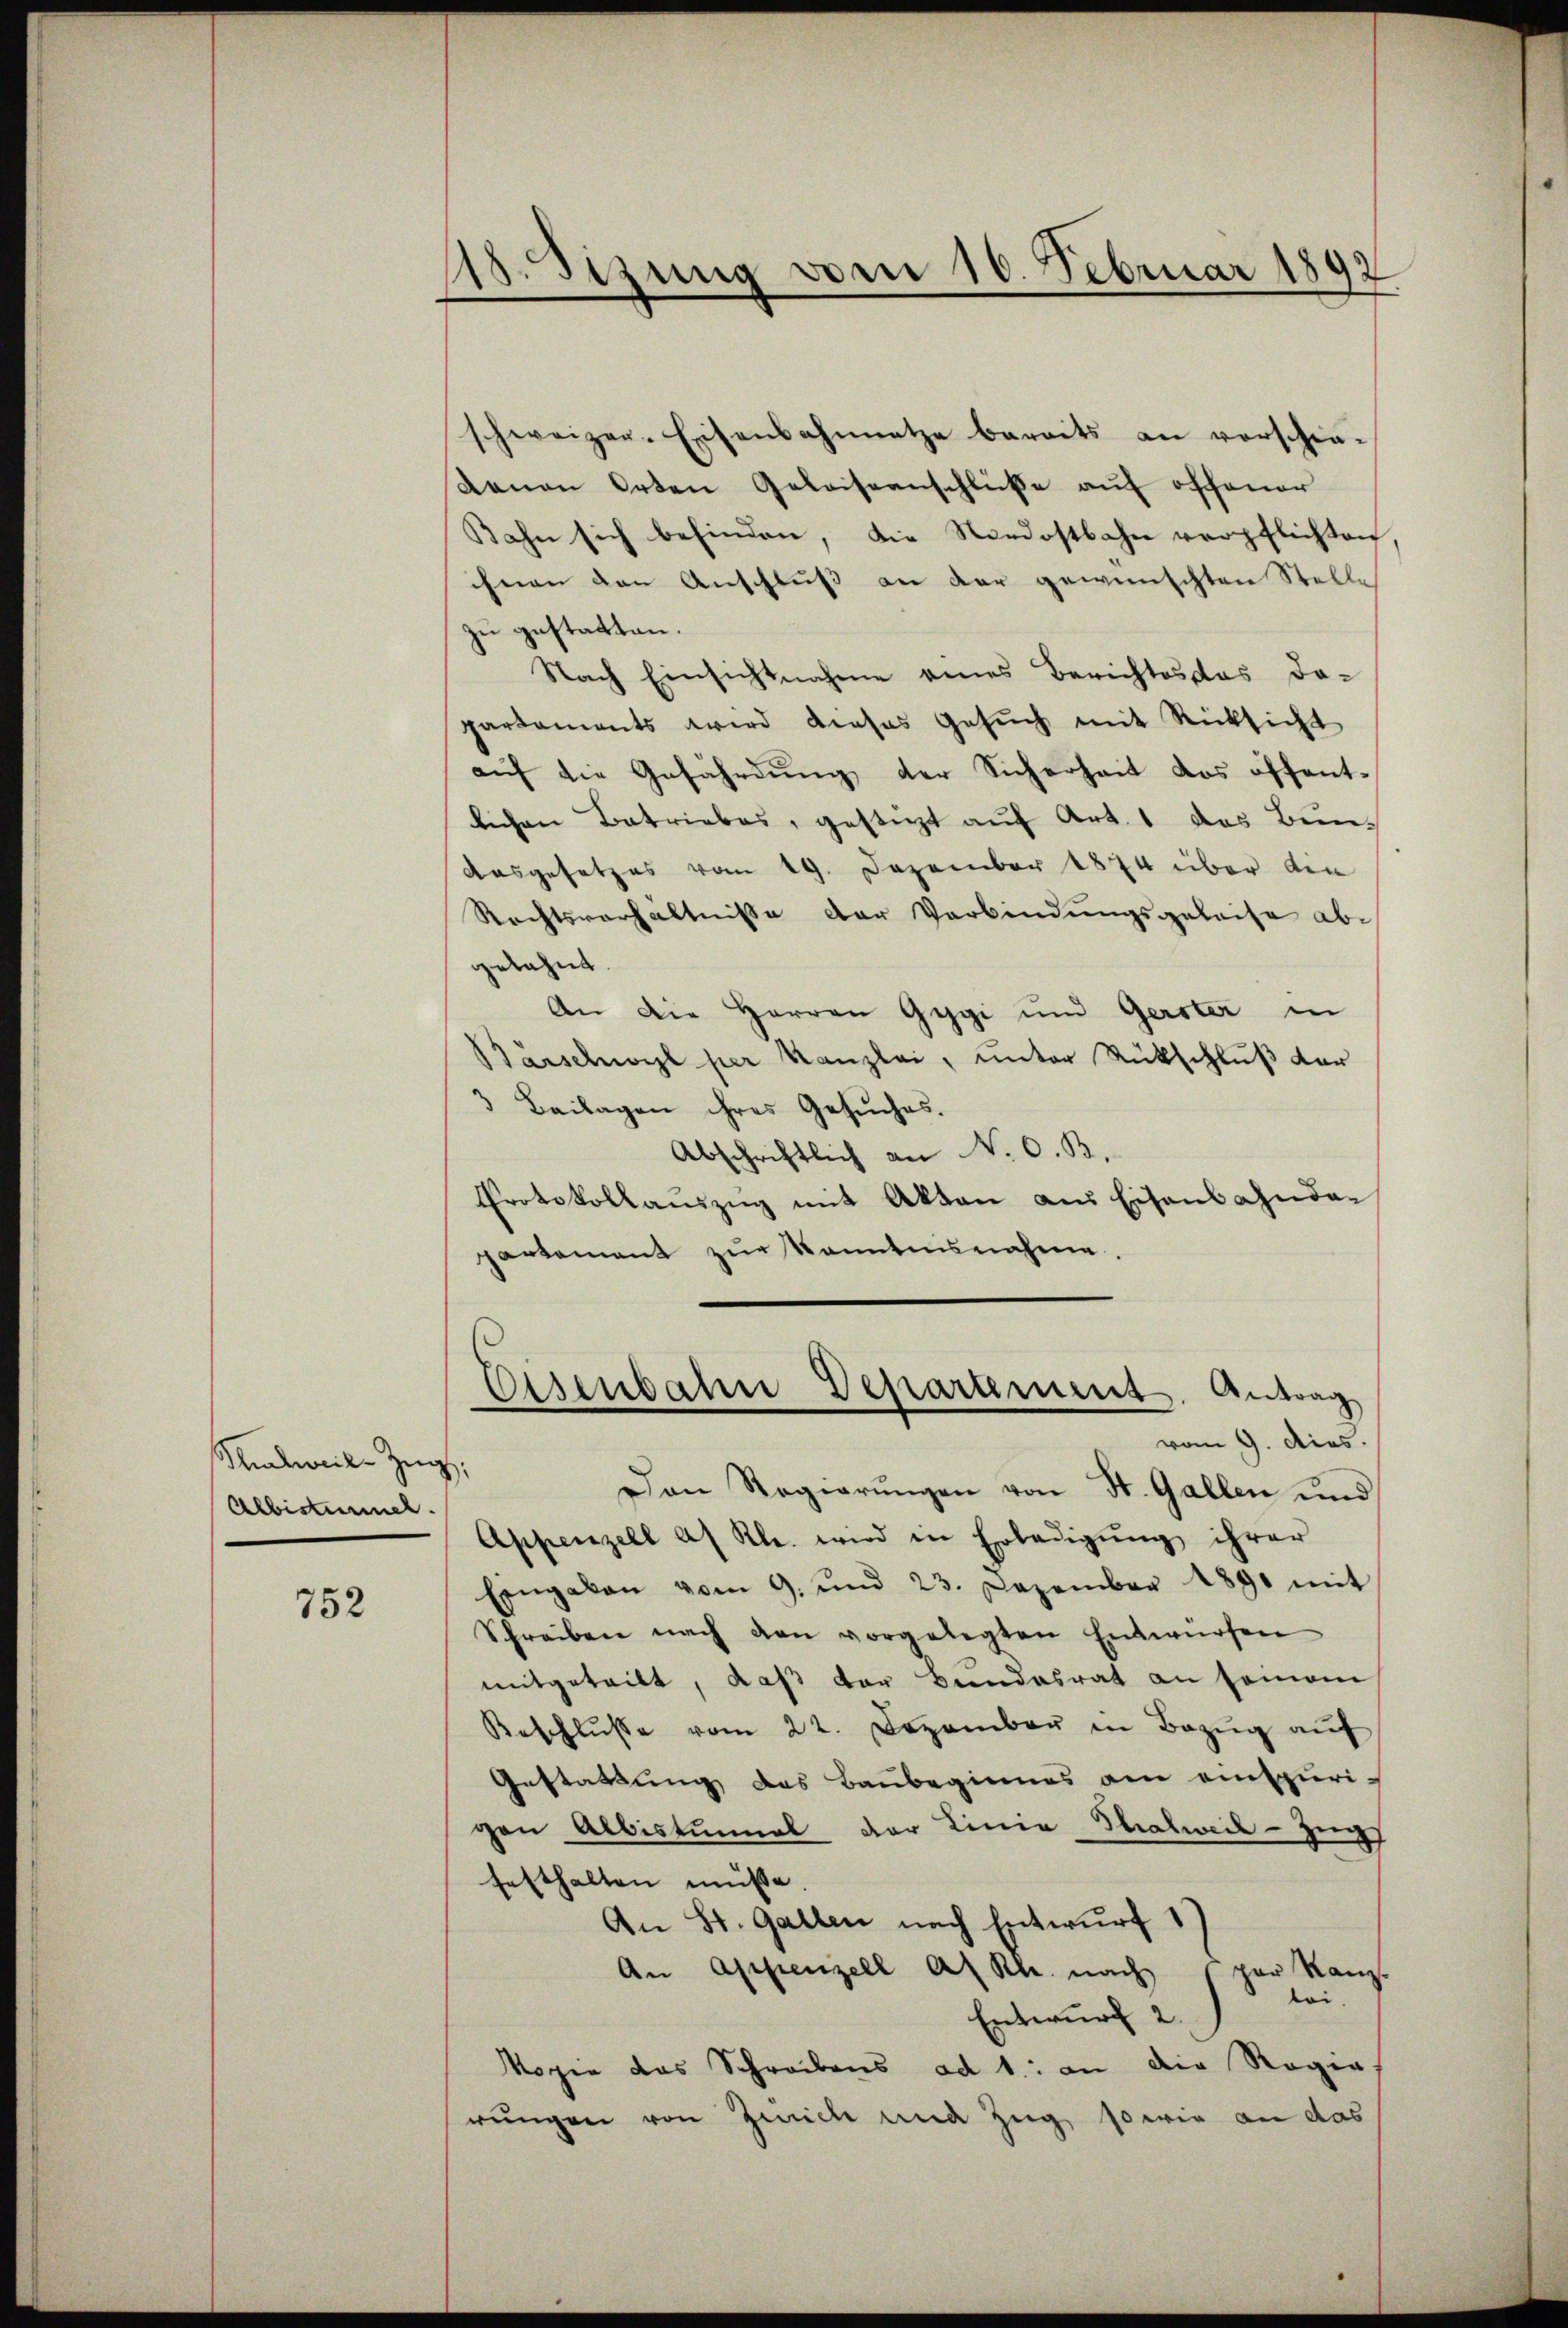
Shalweile Zug,
Albistummel.

752

118. Sizung vom 16. Februar 1892

schweizer-Eisenbahnnetze bereits an verschie-
denen Orten Geleiseanschluße auf offener
Kahn sich befinden, die Nordostbahn verpflichten
ihnen den Anschluß an der gewünschten Stelle
zu gestatten.
Nach Einsichtnahme eines Berichtes das Dopartaments wird dieses Gesŭch mit Rücksicht
aŭf die Gefährdung der Sicherheit das öffent-
lichen Betriebes, gestürzt auf Art. 1 das Bun¬
Ausgesetzes vom 19. Dezember 1874 über den
Rechtsverhältnisse der Verbindungsgeleise abgelehnt.
An die Herren Gygi und Gerster in
Barschworzl per Kanzlei, unter Rückschluß der
 Beilagen ihres Gesŭches.
Abschriftlich an N. O. B.
Protokollaŭszŭg mit Akten aus Eisenbahnda
partement zur Kenntnisnahme.

Dan Regierŭngen von St. Gallen und
Appenzell a/ Kl. wird in Erledigung ihrer
Eingaben vom 9. und 23. Dezember 1890 mit
Schreiben nach den vorgelegten Entwürfen
mitgeteilt, daß der Bundesrat an somain
Beschlŭsse vom 22. Dezember in Bezŭg aŭf
Gestattung das Baubeginnes am einspurigen Albistunal der Linie Thalweil–Zug
festhalten müsse.
An St. Gallen nach Entwurf 1
An Appenzell A. Rh. nach
ver Kanzlei.
Entwurf 2.
ogie das Schreibens ad 1. an die Regia,
rungen von Zürich und Zug, so wie an das

Eisenbahn Departement. Antrag
vom 9. dies